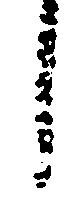
し